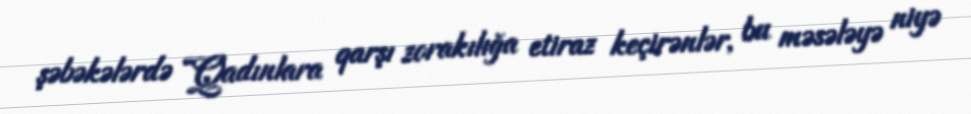
şəbəkələrdə “Qadınlara qarşı zorakılığa etiraz keçirənlər, bu məsələyə niyə